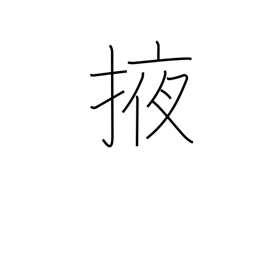
Meaning: carry under arm